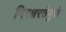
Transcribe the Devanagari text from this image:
निरक्षरतेमुळे